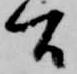
間